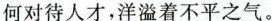
何对待人才，洋溢着不平之气。